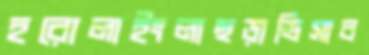
হরোলাইংলাছড়াভিসাব